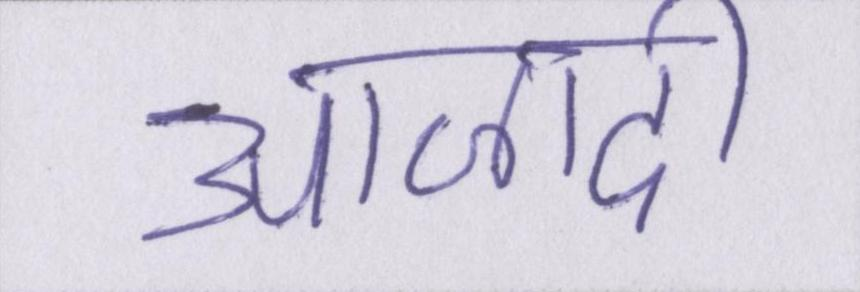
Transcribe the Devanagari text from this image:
आज़ादी